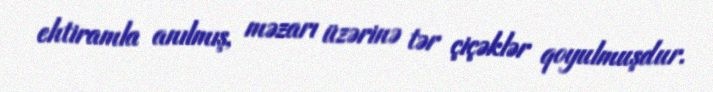
ehtiramla anılmış, məzarı üzərinə tər çiçəklər qoyulmuşdur.